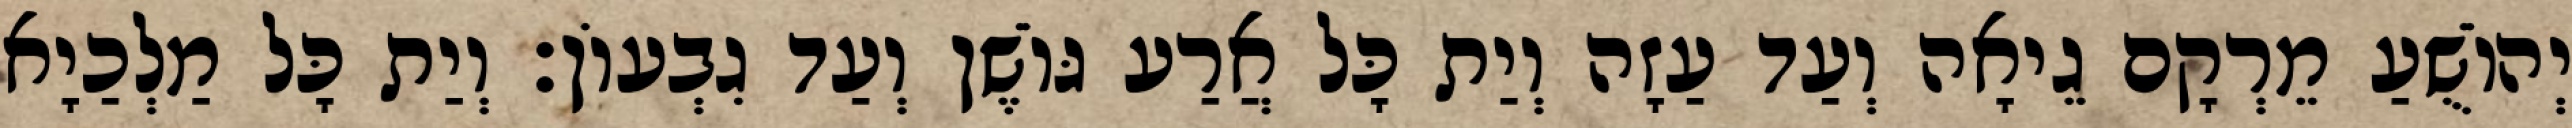
יְהוֹשֻׁעַ מֵרְקָם גֵיאָה וְעַד עַזָה וְיַת כָּל אֲרַע גּוֹשֶׁן וְעַד גִבְעוֹן׃ וְיַת כָּל מַלְכַיָא